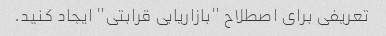
تعریفی برای اصطلاح "بازاریابی قرابتی" ایجاد کنید.